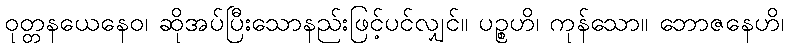
ဝုတ္တနယေနေဝ၊ ဆိုအပ်ပြီးသောနည်းဖြင့်ပင်လျှင်။ ပဉ္စဟိ၊ ကုန်သော။ ဘောဇနေဟိ၊